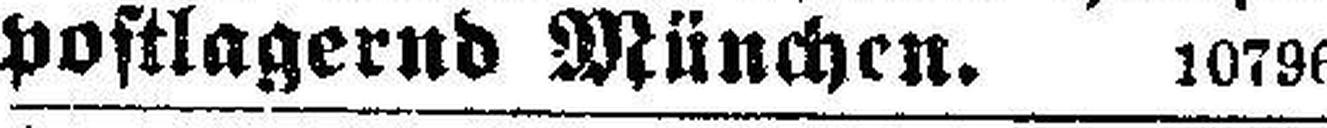
postlagernd München. 10796